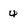
Character: 4